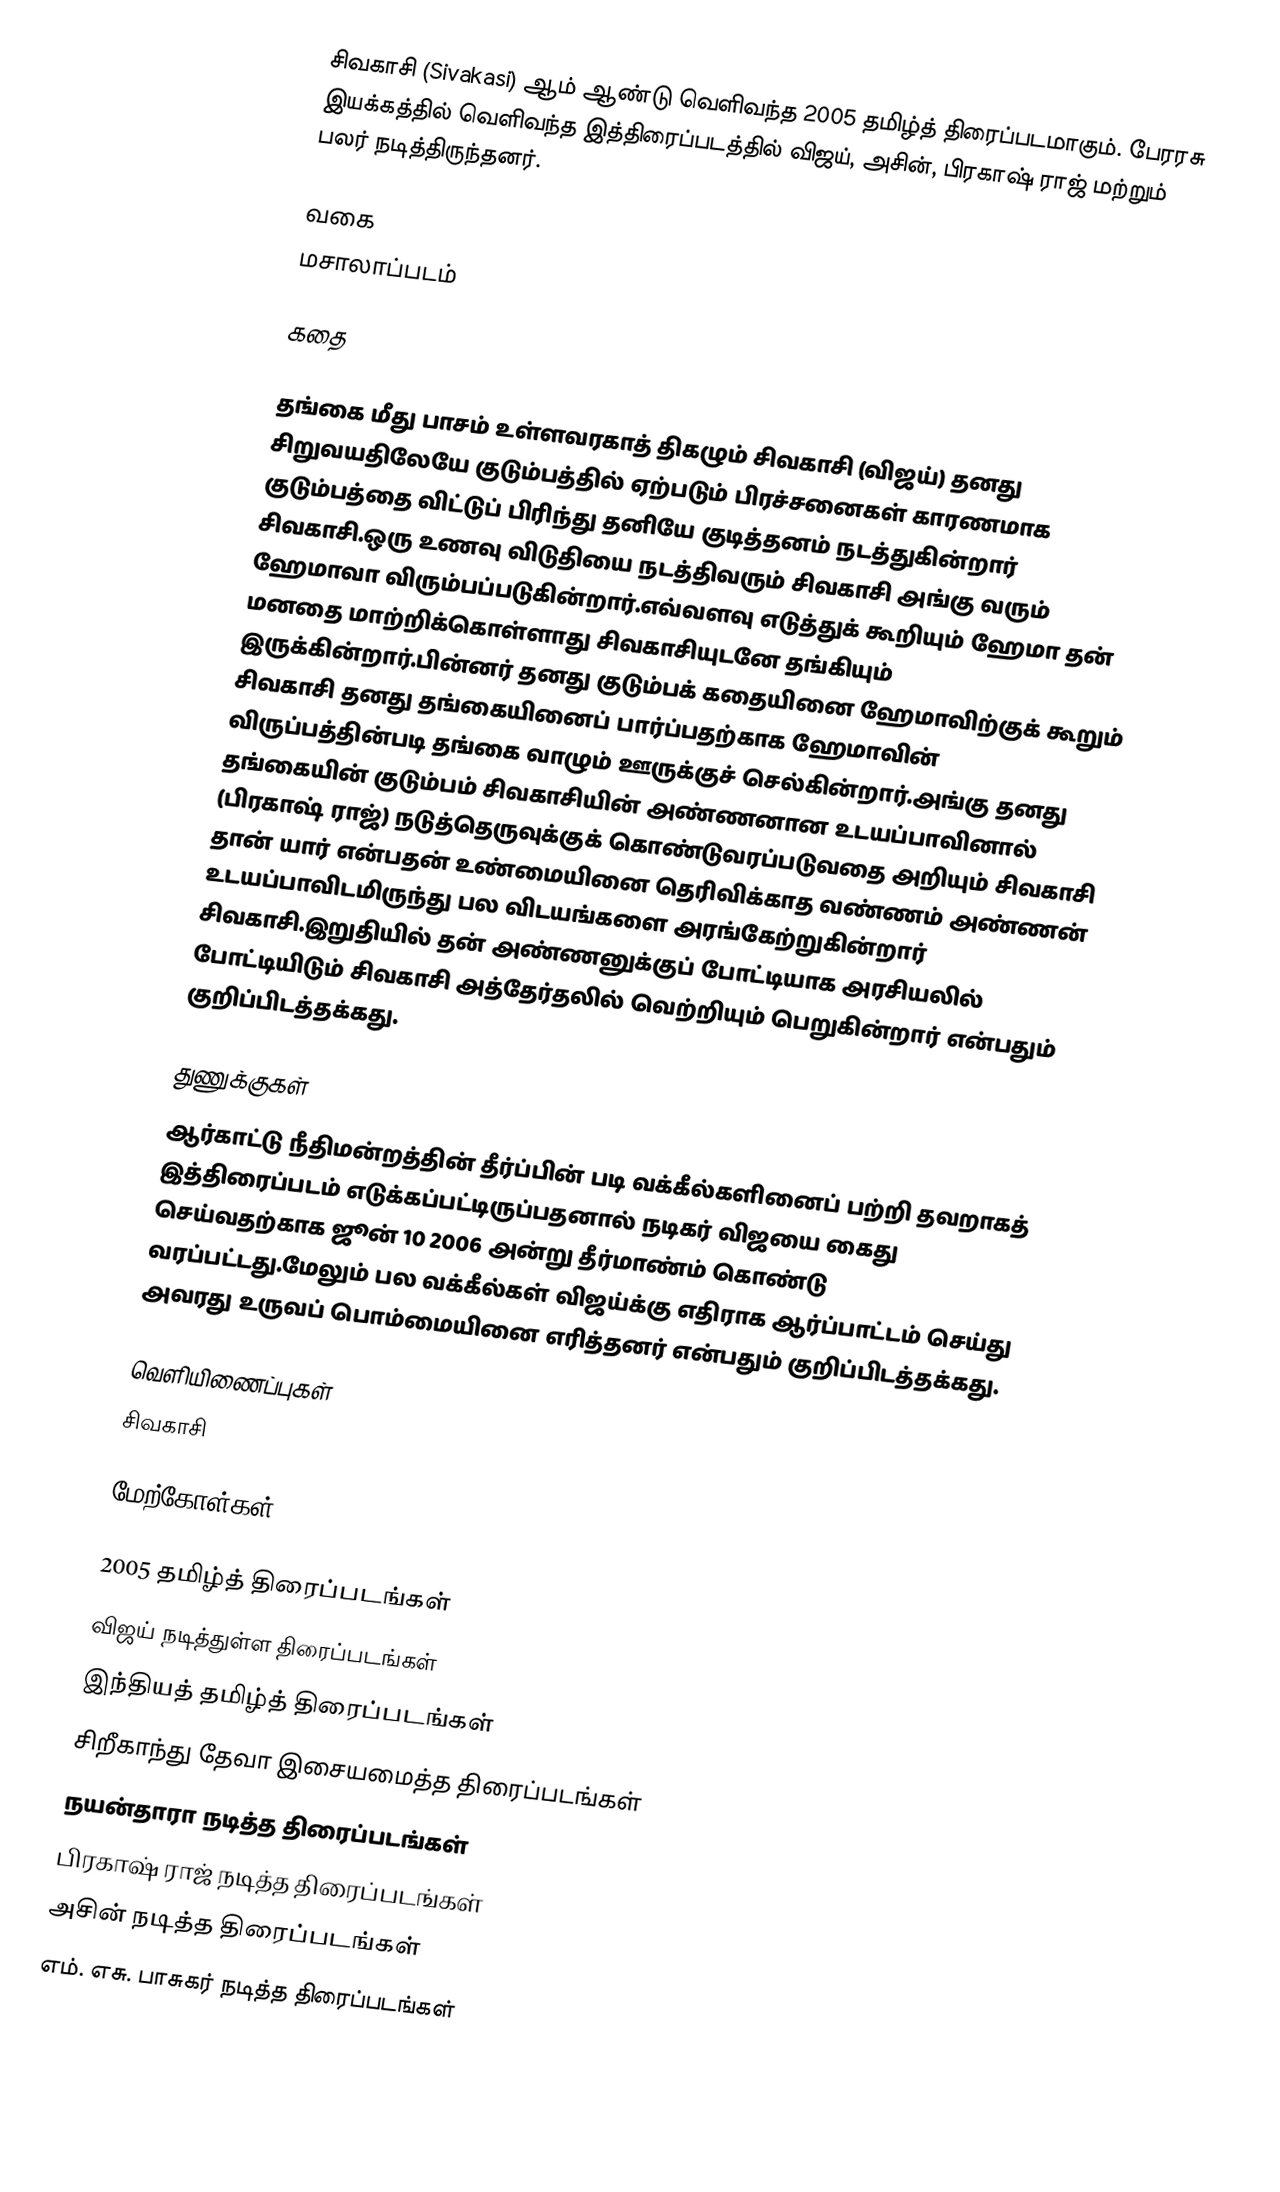
சிவகாசி (Sivakasi) ஆம் ஆண்டு வெளிவந்த 2005 தமிழ்த் திரைப்படமாகும். பேரரசு இயக்கத்தில் வெளிவந்த இத்திரைப்படத்தில் விஜய், அசின், பிரகாஷ் ராஜ் மற்றும் பலர் நடித்திருந்தனர்.

வகை
மசாலாப்படம்

கதை

தங்கை மீது பாசம் உள்ளவரகாத் திகழும் சிவகாசி (விஜய்) தனது சிறுவயதிலேயே குடும்பத்தில் ஏற்படும் பிரச்சனைகள் காரணமாக குடும்பத்தை விட்டுப் பிரிந்து தனியே குடித்தனம் நடத்துகின்றார் சிவகாசி.ஒரு உணவு விடுதியை நடத்திவரும் சிவகாசி அங்கு வரும் ஹேமாவா விரும்பப்படுகின்றார்.எவ்வளவு எடுத்துக் கூறியும் ஹேமா தன் மனதை மாற்றிக்கொள்ளாது சிவகாசியுடனே தங்கியும் இருக்கின்றார்.பின்னர் தனது குடும்பக் கதையினை ஹேமாவிற்குக் கூறும் சிவகாசி தனது தங்கையினைப் பார்ப்பதற்காக ஹேமாவின் விருப்பத்தின்படி தங்கை வாழும் ஊருக்குச் செல்கின்றார்.அங்கு தனது தங்கையின் குடும்பம் சிவகாசியின் அண்ணனான உடயப்பாவினால் (பிரகாஷ் ராஜ்) நடுத்தெருவுக்குக் கொண்டுவரப்படுவதை அறியும் சிவகாசி தான் யார் என்பதன் உண்மையினை தெரிவிக்காத வண்ணம் அண்ணன் உடயப்பாவிடமிருந்து பல விடயங்களை அரங்கேற்றுகின்றார் சிவகாசி.இறுதியில் தன் அண்ணனுக்குப் போட்டியாக அரசியலில் போட்டியிடும் சிவகாசி அத்தேர்தலில் வெற்றியும் பெறுகின்றார் என்பதும் குறிப்பிடத்தக்கது.

துணுக்குகள்
ஆர்காட்டு நீதிமன்றத்தின் தீர்ப்பின் படி வக்கீல்களினைப் பற்றி தவறாகத் இத்திரைப்படம் எடுக்கப்பட்டிருப்பதனால் நடிகர் விஜயை கைது செய்வதற்காக ஜூன் 10 2006 அன்று தீர்மாண்ம் கொண்டு வரப்பட்டது.மேலும் பல வக்கீல்கள் விஜய்க்கு எதிராக ஆர்ப்பாட்டம் செய்து அவரது உருவப் பொம்மையினை எரித்தனர் என்பதும் குறிப்பிடத்தக்கது.

வெளியிணைப்புகள்
சிவகாசி

மேற்கோள்கள்

2005 தமிழ்த் திரைப்படங்கள்
விஜய் நடித்துள்ள திரைப்படங்கள்
இந்தியத் தமிழ்த் திரைப்படங்கள்
சிறீகாந்து தேவா இசையமைத்த திரைப்படங்கள்
நயன்தாரா நடித்த திரைப்படங்கள்
பிரகாஷ் ராஜ் நடித்த திரைப்படங்கள்
அசின் நடித்த திரைப்படங்கள்
எம். எசு. பாசுகர் நடித்த திரைப்படங்கள்